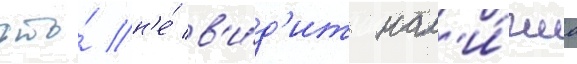
что́ н'е́ в'и́д'ит нал'и́чиа